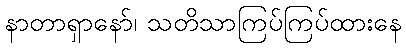
နာတာရှာနော်၊ သတိသာကြပ်ကြပ်ထားနေ